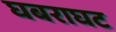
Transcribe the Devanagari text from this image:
घबराघट